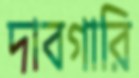
দাবগারি